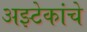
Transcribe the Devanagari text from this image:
अझ्टेकांचे